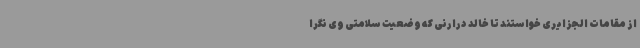
از مقامات الجزایری خواستند تا خالد درارنی که وضعیت سلامتی وی نگرا